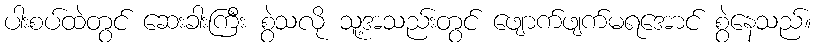
ပါးစပ်ထဲတွင် ဆေးခါးကြီး စွဲသလို သူ့အသည်းတွင် ဖျောက်ဖျက်မရအောင် စွဲနေသည်။